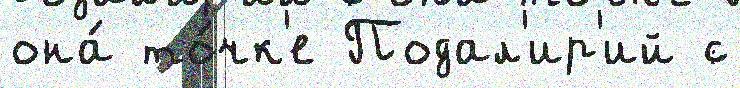
она́ то́чк'е Подал'ир'ий с